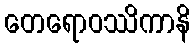
တေရောဝဿိကာနိ